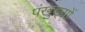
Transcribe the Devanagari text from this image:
पंखुङ्यों